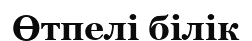
Өтпелі білік